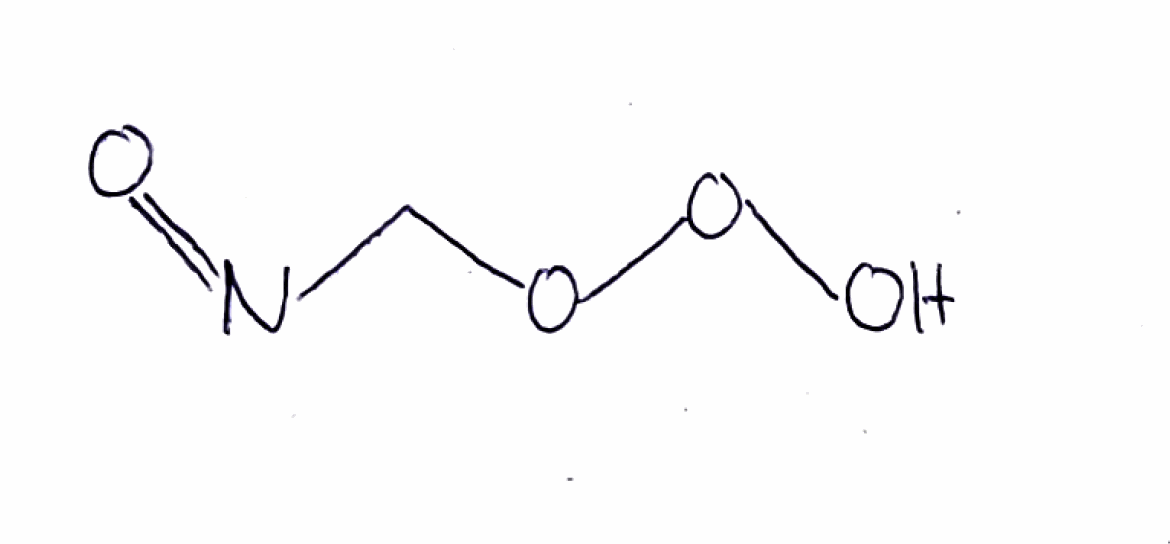
Simplified molecular-input line-entry system (SMILES) notation of the given molecule:
C(N=O)OOO